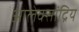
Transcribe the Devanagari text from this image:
आलेक्सांद्रिय